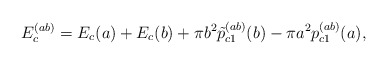
\begin{align*}E_c^{(ab)}=E_c(a)+E_c(b)+\pi b^2\tilde p_{c1}^{(ab)}(b)-\pi a^2p_{c1}^{(ab)}(a),\end{align*}